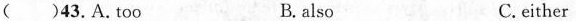
( )43.A.too B.also C.either